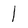
Character: I